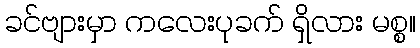
ခင်ဗျားမှာ ကလေးပုခက် ရှိလား မစ္စ။